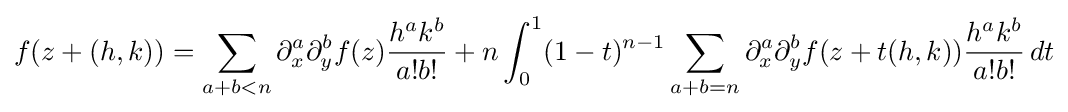
f(z+(h,k))=\sum _{a+b<n}\partial _{x}^{a}\partial _{y}^{b}f(z){h^{a}k^{b} \over a!b!}+n\int _{0}^{1}(1-t)^{n-1}\sum _{a+b=n}\partial _{x}^{a}\partial _{y}^{b}f(z+t(h,k)){h^{a}k^{b} \over a!b!}\,dt